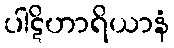
ပါဋိဟာရိယာနံ